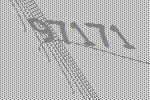
97171